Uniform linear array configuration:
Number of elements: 8
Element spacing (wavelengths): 0.5
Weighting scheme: blackman
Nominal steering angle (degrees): -45
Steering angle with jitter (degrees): -45.623
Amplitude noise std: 0.05
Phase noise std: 0.05

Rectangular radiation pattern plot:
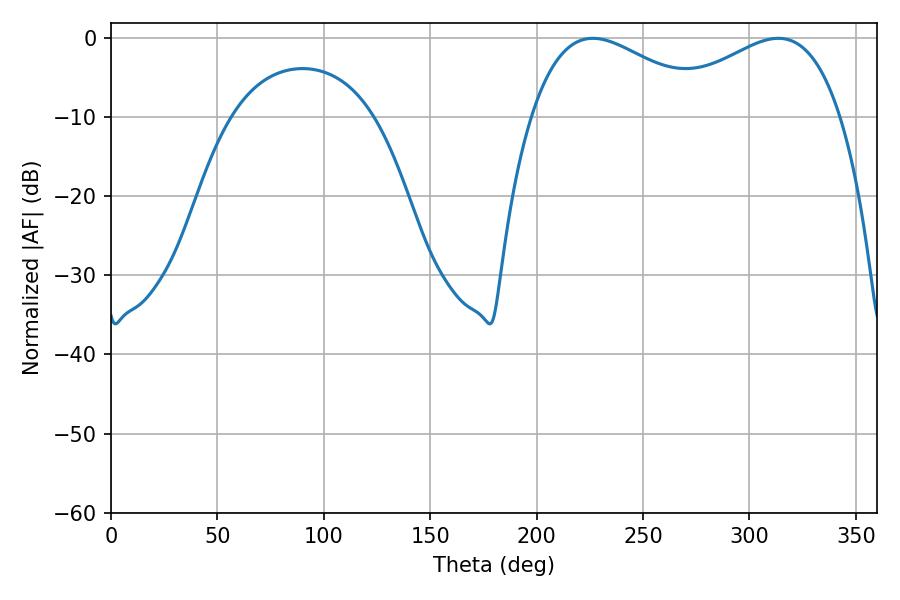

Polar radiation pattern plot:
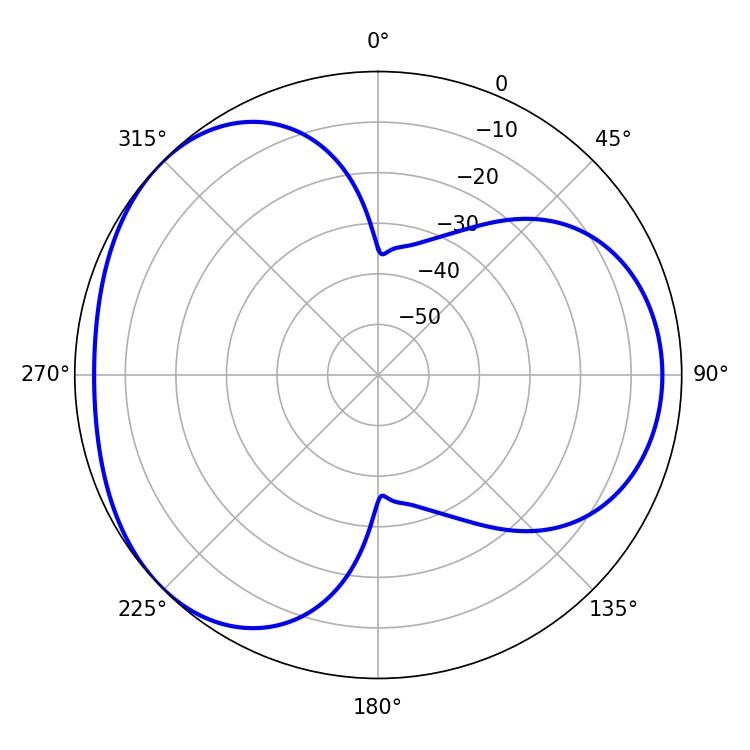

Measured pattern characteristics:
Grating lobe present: FALSE
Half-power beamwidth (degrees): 46.62
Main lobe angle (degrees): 226.44